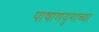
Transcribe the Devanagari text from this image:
पाषाणयुगाच्या